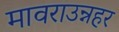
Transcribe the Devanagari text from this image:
मावराउन्नहर